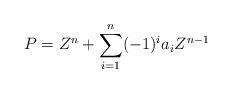
LaTeX: \begin{align*}P = Z^n + \sum_{i=1}^n (-1)^i a_i Z^{n-1}\end{align*}